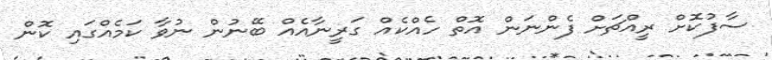
ސާފުކޮށް ރީއްޗަށް ފެންނަން އޮތް ހެއްކެއް ގަރީނާއެއް ބޭނުން ނުވާ ކަމެއްގައި ކޮން